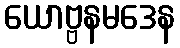
ယောဗ္ဗနမဒေန